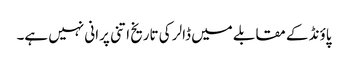
پاؤنڈ کے مقابلے میں ڈالر کی تاریخ اتنی پرانی نہیں ہے۔